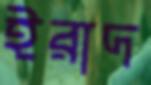
ইরাদ